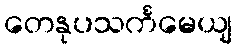
တေနုပသင်္ကမေယျ